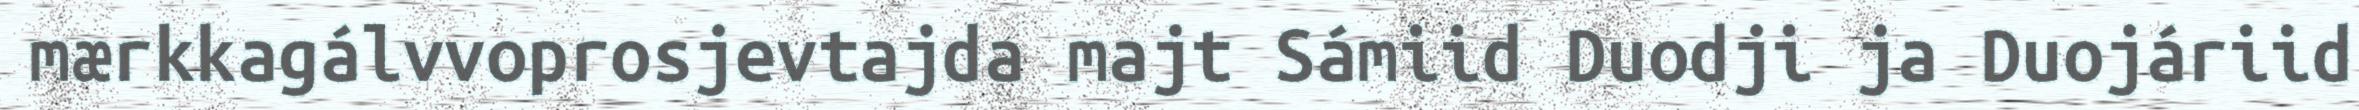
mærkkagálvvoprosjevtajda majt Sámiid Duodji ja Duojáriid